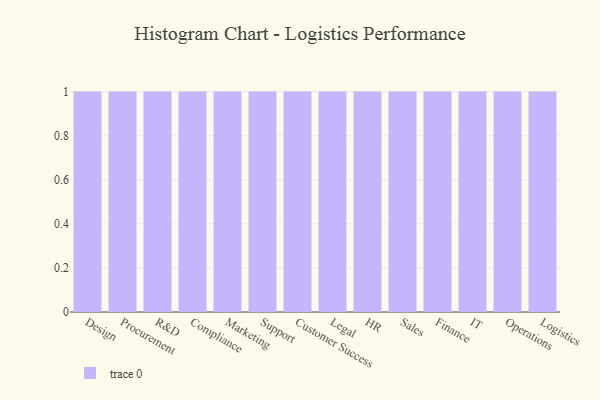
{"axis": {"x": "Department", "y": "Page Views"}, "legend": [""], "data": [{"x": "Design", "y": 34, "type": ""}, {"x": "Procurement", "y": 29, "type": ""}, {"x": "R&D", "y": 93, "type": ""}, {"x": "Compliance", "y": 58, "type": ""}, {"x": "Marketing", "y": 73, "type": ""}, {"x": "Support", "y": 16, "type": ""}, {"x": "Customer Success", "y": 72, "type": ""}, {"x": "Legal", "y": 70, "type": ""}, {"x": "HR", "y": 14, "type": ""}, {"x": "Sales", "y": 90, "type": ""}, {"x": "Finance", "y": 71, "type": ""}, {"x": "IT", "y": 39, "type": ""}, {"x": "Operations", "y": 32, "type": ""}, {"x": "Logistics", "y": 75, "type": ""}]}